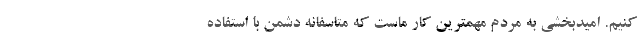
کنیم. امیدبخشی به مردم مهمترین کار ماست که متاسفانه دشمن با استفاده